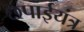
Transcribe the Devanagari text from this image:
छपाईयंत्र